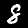
Digit: 8